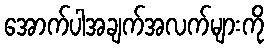
အောက်ပါအချက်အလက်များကို